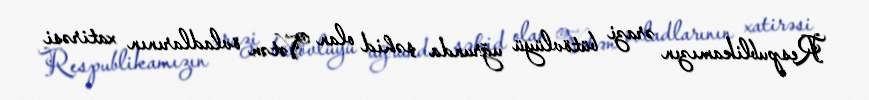
Respublikamızın ərazi bütövlüyü uğrunda şəhid olan Vətən övladlarının xatirəsi